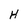
Character: H